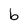
Character: b